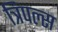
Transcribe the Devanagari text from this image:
त्रिपल्स